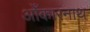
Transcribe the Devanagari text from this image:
ओँकारनाथ